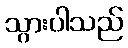
သွားပါသည်